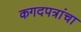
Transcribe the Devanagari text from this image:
कगदपत्रांचा